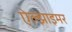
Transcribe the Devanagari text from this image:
ऐल्झाइमर